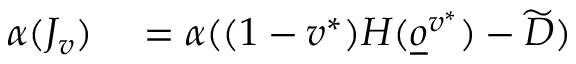
\begin{array} { r l } { \alpha ( J _ { v } ) } & { { } = \alpha ( ( 1 - v ^ { * } ) H ( \underline { o } ^ { v ^ { * } } ) - \widetilde D ) } \end{array}